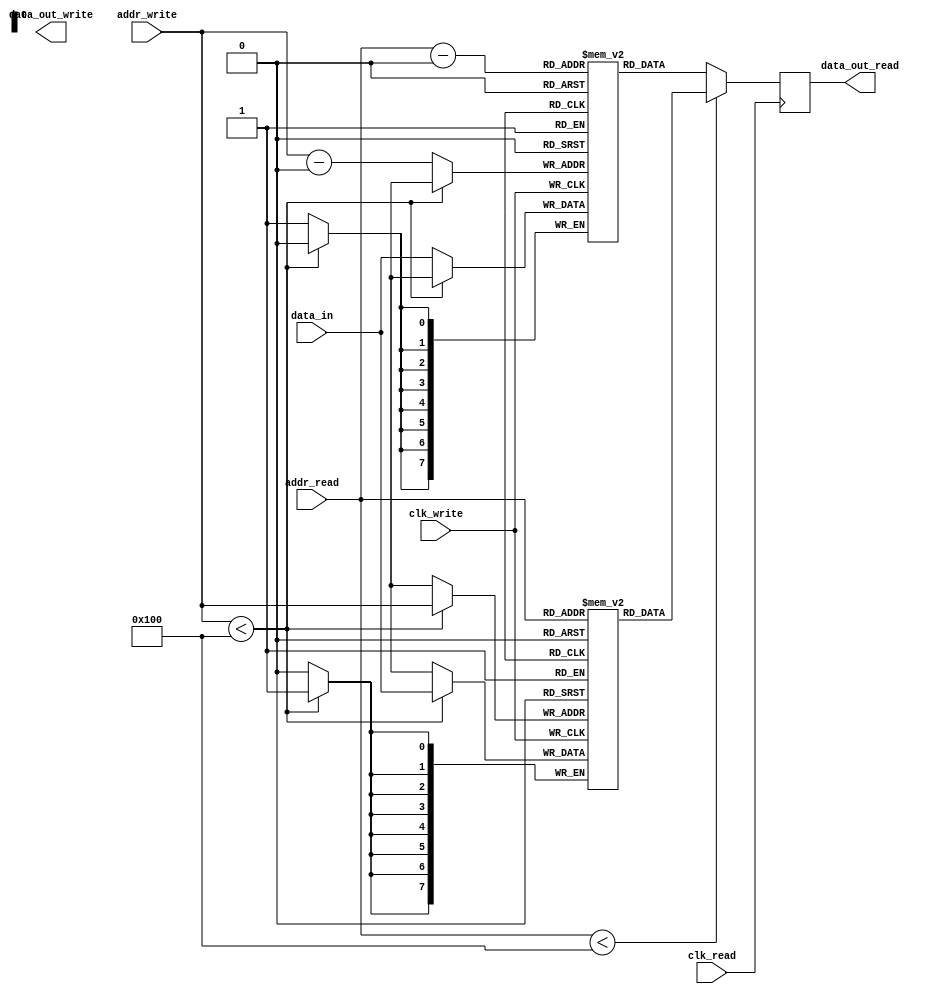
module dual_port_ram (
    input wire clk_read,
    input wire clk_write,
    input wire [7:0] addr_read,
    input wire [7:0] addr_write,
    input wire [7:0] data_in,
    output reg [7:0] data_out_read,
    output wire [7:0] data_out_write
);

reg [7:0] mem_block_1 [0:255];
reg [7:0] mem_block_2 [0:255];

always @ (posedge clk_read) begin
    data_out_read <= (addr_read < 256) ? mem_block_1[addr_read] : mem_block_2[addr_read - 256];
end

always @ (posedge clk_write) begin
    if (addr_write < 256)
        mem_block_1[addr_write] <= data_in;
    else
        mem_block_2[addr_write - 256] <= data_in;
end

endmodule